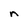
Character: n